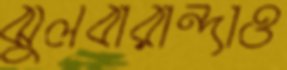
ঝুলবারান্দাও